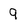
Character: 9